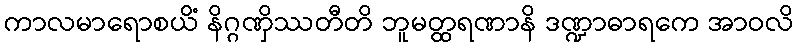
ကာလမာရောစယိံ နိဂ္ဂဏှိဿတီတိ ဘူမတ္ထရဏာနိ ဒဏ္ဍာဓာရကေ အာဝလိ